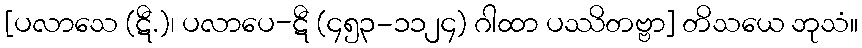
[ပလာသေ (ဋီ.)၊ ပလာပေ-ဋီ (၄၅၃-၁၁၂၄) ဂါထာ ပဿိတဗ္ဗာ] တိသယေ ဘုသံ။